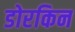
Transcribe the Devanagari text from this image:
डोरकिन